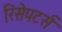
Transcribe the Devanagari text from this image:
रिसेपटर्स